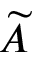
\widetilde { A }